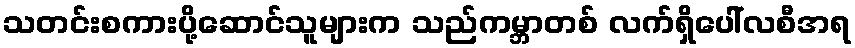
သတင်းစကားပို့ဆောင်သူများက သည်ကမ္ဘာတစ် လက်ရှိပေါ်လစီအရ